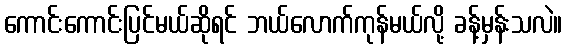
ကောင်းကောင်းပြင်မယ်ဆိုရင် ဘယ်လောက်ကုန်မယ်လို့ ခန့်မှန်းသလဲ။